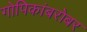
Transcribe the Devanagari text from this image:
गोपिकांबरोबर